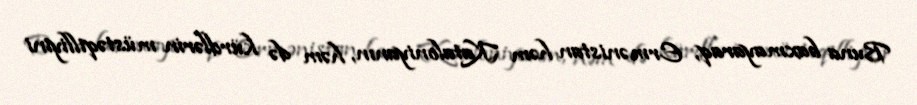
Buna baxmayaraq, Ermənistan həm Kataloniyanın, həm də kürdlərin müstəqilliyini